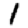
Digit: 1